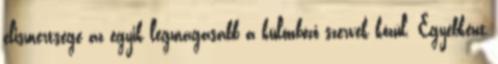
elismertsége az egyik legmagasabb a különböző szervek közül. Egyébként